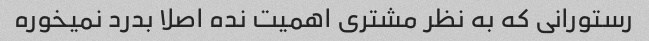
رستورانی که به نظر مشتری اهمیت نده اصلا بدرد نمیخوره